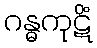
ဂန္ဓကုဋိံ